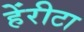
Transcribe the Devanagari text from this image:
हेंरीटा